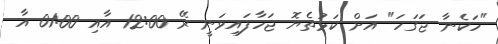
"ހަކެނާ ޖަގަހަ" އަށް ކަޅުތެޔޮ ޖަހާފައިވަނީ ރޭ 12:00 އާއި 01:00 އާ